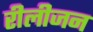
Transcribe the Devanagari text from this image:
रीलीजन